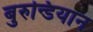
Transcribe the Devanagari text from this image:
बुरुन्डियान